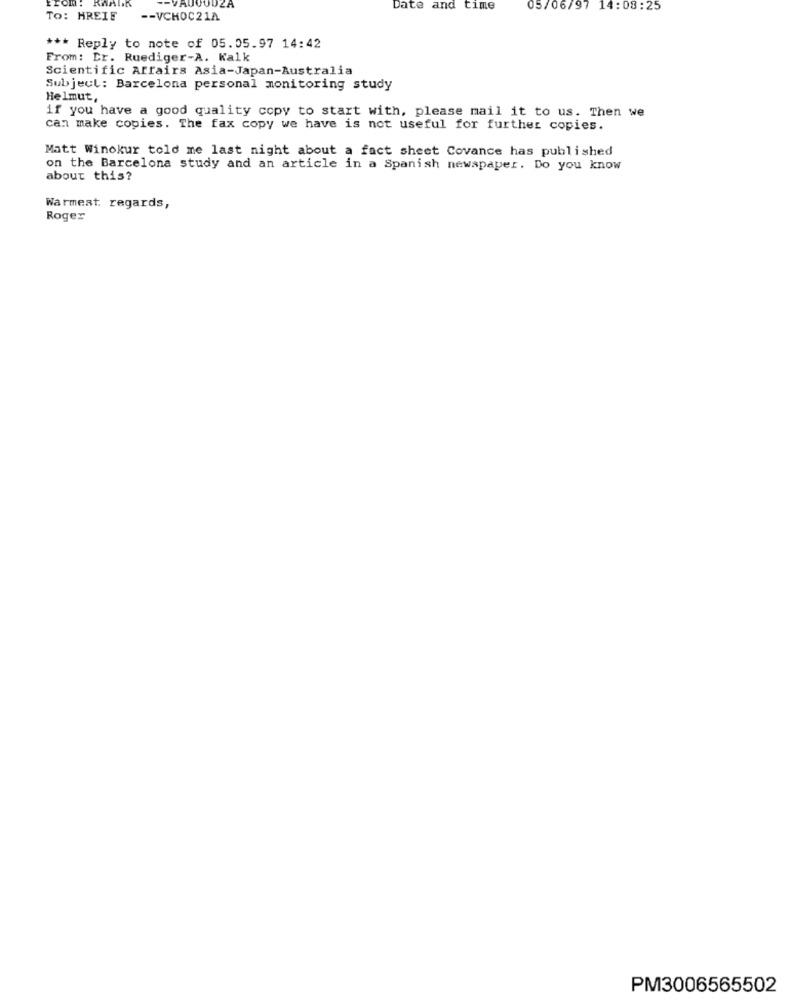
AUOUDE
Date and
time
05/06/97 14:08:25
TO: HREIF
-- VCHOC21A
*** Reply to note of 05.05.97 14:42
From: Er. Ruediger-A. Kalk
Scientific Arrairs Asia-Japan-Australia
Subject: Barcelona personal monitoring study
Helmut,
if you have a good quality copy to start with, please mail it to us. Then we
can make copies. The fax copy we have is not useful for further copies.
Matt Winokur told me last night about a fact sheet Covance has published
on the Barcelona study and an article in a Spanish newspaper. Do you know
about this?
Warmest regards,
Roger
PM3006565502